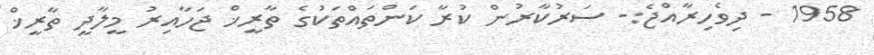
1958 - ދިވެހިރާއްޖެ:- ސަރުކާރުން ކުރާ ކަންތައްތަކުގެ ތާރީޚް ޖަހާއިރު މީލާދީ ތާރީޚް